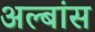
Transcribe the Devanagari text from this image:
अल्बांस